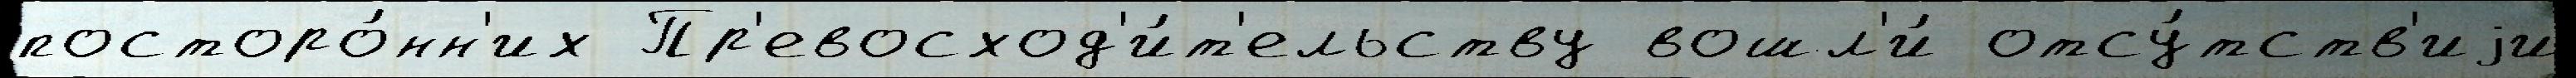
посторо́нн'их Пр'евосход'и́т'ельству вошл'и́ отсу́тств'иjи